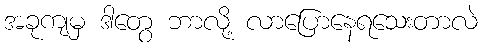
အခုကျမှ ဒါတွေ ဘာလို့ လာပြောနေရသေးတာလဲ